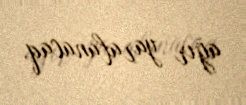
ağır yaralanacaq.